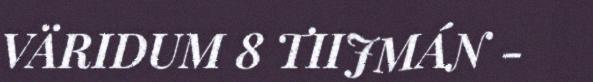
VÄRIDUM 8 TIIJMÁN -